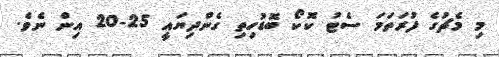
މި މެޗުގެ ފުރަތަމަ ސެޓު ކޮކޯ ބޮޑުހިތި ގެންދިޔައީ 25-20 އިން ނެވެ.